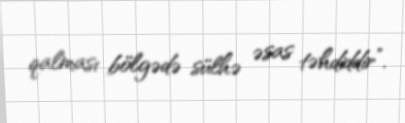
qalması bölgədə sülhə əsas təhdiddir”.